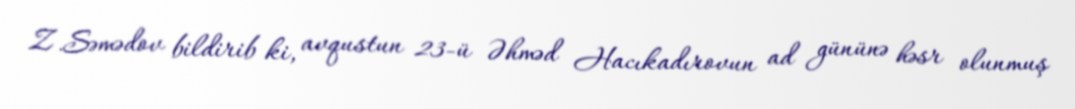
Z.Səmədov bildirib ki, avqustun 23-ü Əhməd Hacıkadırovun ad gününə həsr olunmuş